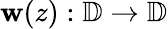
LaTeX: \mathbf{w}(z):\mathbb{{D}}\rightarrow\mathbb{{D}}